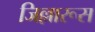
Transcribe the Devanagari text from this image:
जिल्लारूस